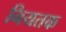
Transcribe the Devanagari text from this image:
नियतक